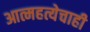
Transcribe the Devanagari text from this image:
आत्महत्येचाही